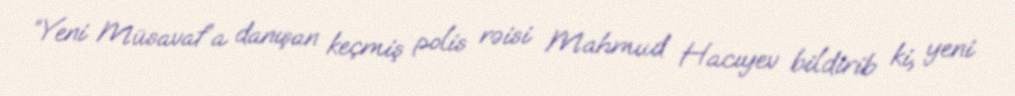
“Yeni Müsavat”a danışan keçmiş polis rəisi Mahmud Hacıyev bildirib ki, yeni